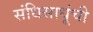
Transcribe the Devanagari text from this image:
संधिसाधूंची